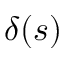
\delta ( s )